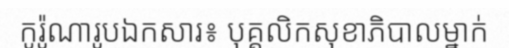
កូរ៉ូណារូបឯកសារ៖ បុគ្គលិកសុខាភិបាលម្នាក់